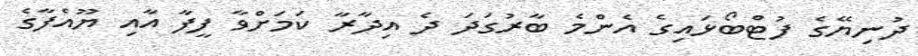
ދުނިޔޭގެ ފުޓްބޯޅައިގެ އެންމެ ބާރުގަދަ ދެ އިދާރާ ކަމަށްވާ ފީފާ އާއި ޔޫއެފާގެ